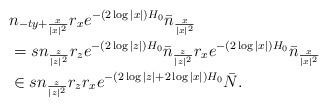
LaTeX: \begin{align*}&n_{-ty+\frac{x}{|x|^2}} r_x e^{-(2\log |x|)H_0}\bar{n}_{\frac{x}{|x|^2}}\\&=s n_{\frac{z}{|z|^2}} r_z e^{-(2\log |z|)H_0}\bar{n}_{\frac{z}{|z|^2}}r_x e^{-(2\log |x|)H_0}\bar{n}_{\frac{x}{|x|^2}}\\&\in s n_{\frac{z}{|z|^2}} r_z r_x e^{-(2\log |z|+2\log |x|)H_0}\bar{N}.\end{align*}